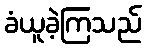
ခံယူခဲ့ကြသည်